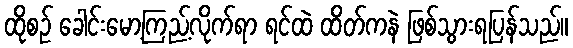
ထိုစဉ် ခေါင်းမော့ကြည့်လိုက်ရာ ရင်ထဲ ထိတ်ကနဲ ဖြစ်သွားရပြန်သည်။